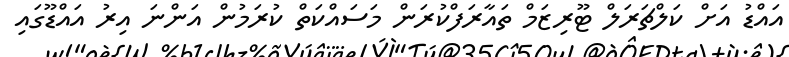
އައްޑު އަށް ކަލްޗަރަލް ޓޫރިޒަމް ތައާރަފްކުރަން މަސައްކަތް ކުރަމުން އަންނަ އިރު އައްޑޫގައި